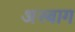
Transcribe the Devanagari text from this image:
अस्बाग